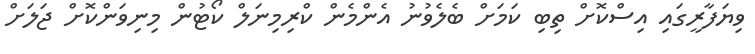
ވިޔަފާރީގައި އިސްކޮށް ތިބި ކަމަށް ބެލެވުނު އެންމެން ކްރިމިނަލް ކޯޓުން މިނިވަންކޮށް ޖަލަށް